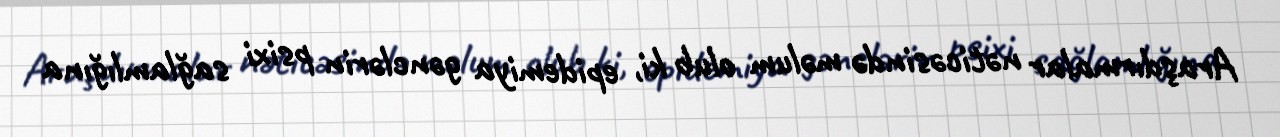
Araşdırmalar nəticəsində məlum olub ki, epidemiya gənclərin psixi sağlamlığına